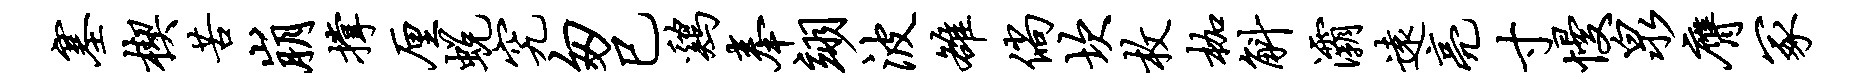
塞楔苦崩撑厘蜕究匆巳鸡奉翊波雒倘坎枚枷斛灞远亮寸慢泉膺冢